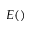
E ( )